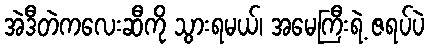
အဲဒီတဲကလေးဆီကို သွားရမယ်၊ အမေကြီးရဲ့ ဇရပ်ပဲ